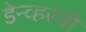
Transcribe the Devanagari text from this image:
डेन्व्हरची